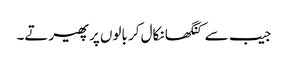
جیب سے کنگھا نکال کر بالوں پر پھیرتے۔